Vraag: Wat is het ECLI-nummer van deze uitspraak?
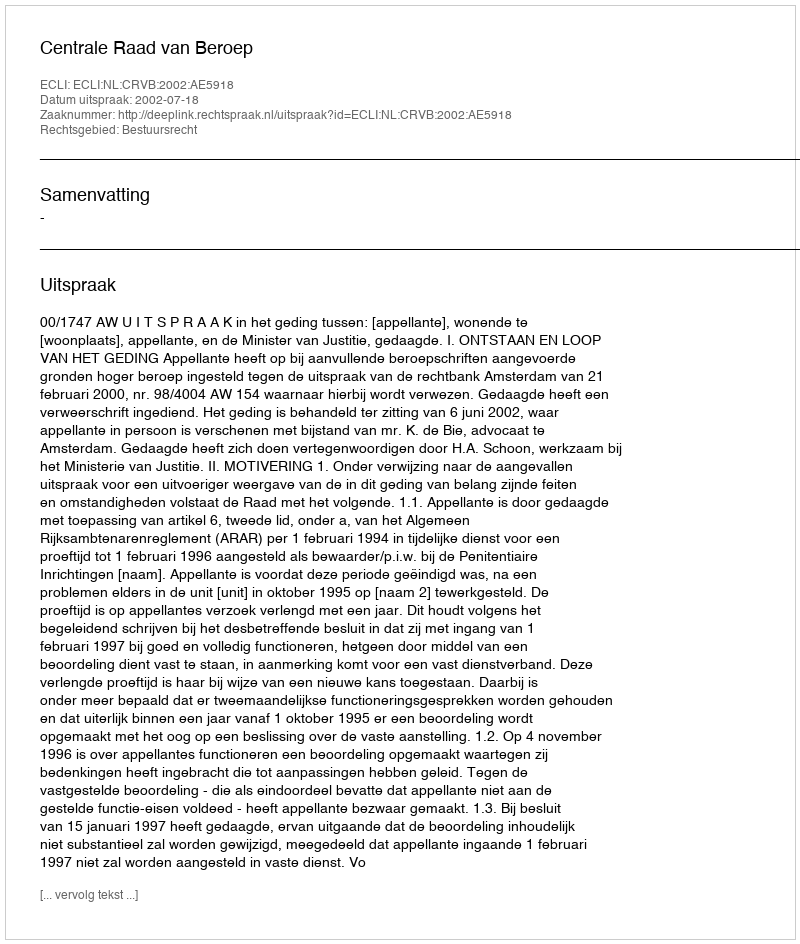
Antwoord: ECLI:NL:CRVB:2002:AE5918